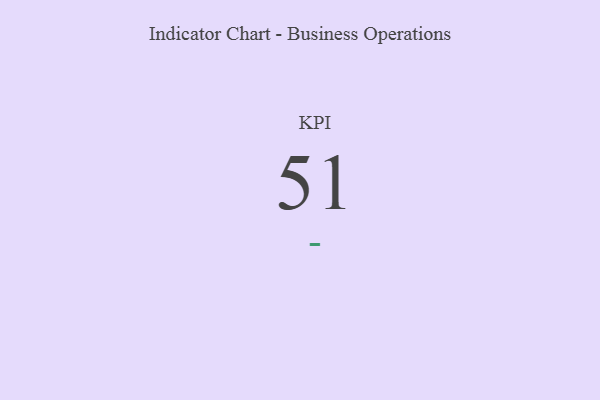
{"axis": {"x": "KPI", "y": "Value"}, "legend": [""], "data": [{"x": "KPI", "y": 51, "type": ""}]}